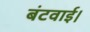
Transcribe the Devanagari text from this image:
बंटवाई।